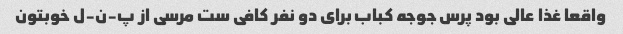
واقعا غذا عالی بود پرس جوجه کباب برای دو نفر کافی ست مرسی از پ-ن-ل خوبتون